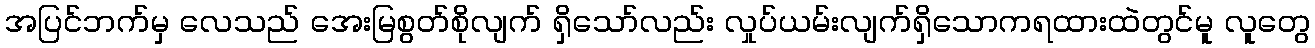
အပြင်ဘက်မှ လေသည် အေးမြစွတ်စိုလျက် ရှိသော်လည်း လှုပ်ယမ်းလျက်ရှိသောကရထားထဲတွင်မူ လူတွေ